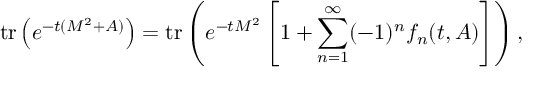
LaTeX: \mathrm { t r } \left( e ^ { - t ( { \cal M } ^ { 2 } + A ) } \right) = \mathrm { t r } \left( e ^ { - t { \cal M } ^ { 2 } } \left[ 1 + \sum _ { n = 1 } ^ { \infty } ( - 1 ) ^ { n } f _ { n } ( t , A ) \right] \right) ,